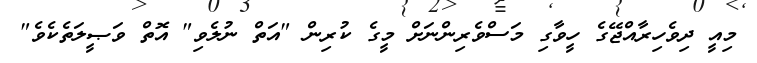
މިއީ ދިވެހިރާއްޖޭގެ ހީވާގި މަސްވެރިންނަށް މީގެ ކުރިން "އަތް ނުލެވި" އޮތް ވަޞީލަތެކެވެ"